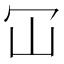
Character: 冚